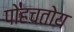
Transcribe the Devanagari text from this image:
पोहचतोय